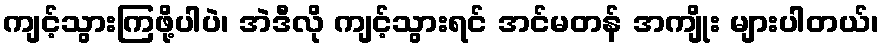
ကျင့်သွားကြဖို့ပါပဲ၊ အဲဒီလို ကျင့်သွားရင် အင်မတန် အကျိုး များပါတယ်၊